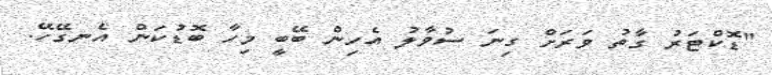
"ޑޮކްޓަރު ގާތު ވަރަށް ގިނަ ސުވާލު އެހިން ބޭބީ މިހާ ބޮޑުކަން އެނގޭހޭ.